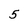
Character: 5